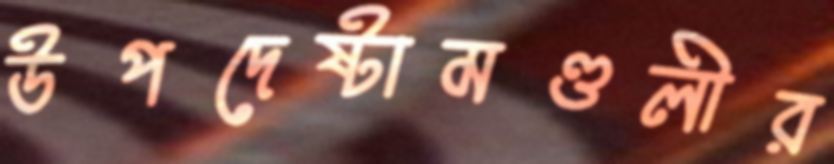
উপদেষ্টামণ্ডলীর